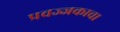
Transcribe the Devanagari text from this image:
प्रवज्जकाचा